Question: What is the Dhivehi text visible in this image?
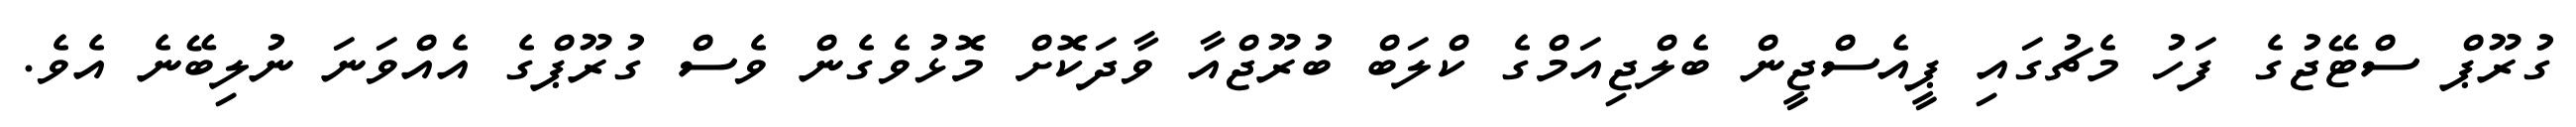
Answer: ގުރޫޕް ސްޓޭޖުގެ ފަހު މެޗުގައި ޕީއެސްޖީން ބެލްޖިއަމްގެ ކްލަބް ބުރޫޖްއާ ވާދަކޮށް މޮޅުވެގެން ވެސް ގުރޫޕްގެ އެއްވަނަ ނުލިބޭނެ އެވެ.